Sketch of the medical history of the native army of Bombay, for the year
Year: 1870
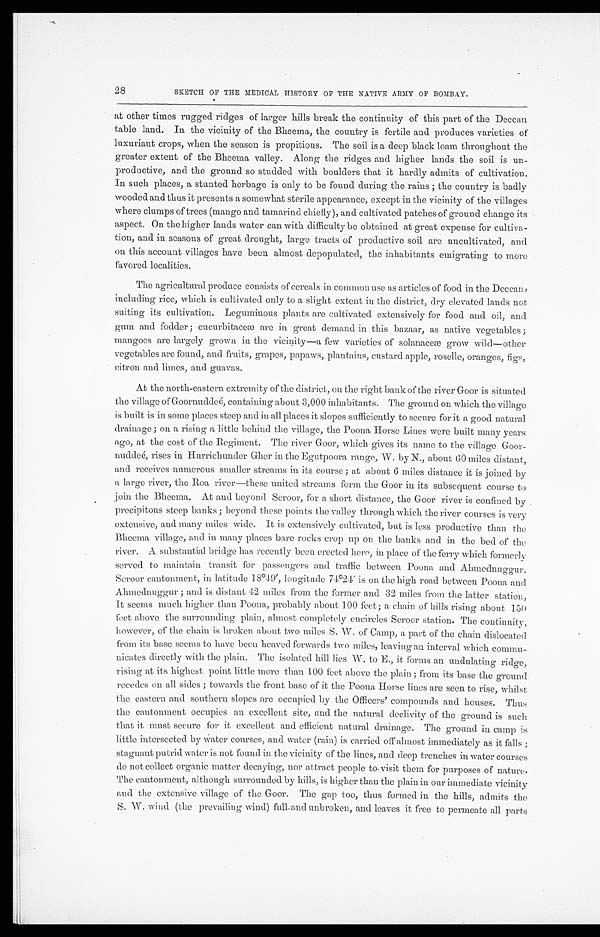
28
SKETCH OF THE MEDICAL HISTORY OF THE NATIVE ARMY OF BOMBAY.
at other times rugged ridges of larger hills break the continuity of this part of the Deccan
table land. In the vicinity of the Bheema, the country is fertile and produces varieties of
luxuriant crops, when the season is propitious. The soil is a deep black loam throughout the
greater extent of the Bheema valley. Along the ridges and higher lands the soil is un-
productive, and the ground so studded with boulders that it hardly admits of cultivation.
In such places, a stunted herbage is only to be found during the rains ; the country is badly
wooded and thus it presents a somewhat sterile appearance, except in the vicinity of the villages
where clumps of trees (mango and tamarind chiefly), and cultivated patches of ground change its
aspect. On the higher lands water can with difficulty be obtained at great expense for cultiva--
tion, and in seasons of great drought, large tracts of productive soil are uncultivated, and
on this account villages have been almost depopulated, the inhabitants emigrating to more
favored localities.
The agricultural produce consists of cereals in common use as articles of food in the Deccan,
including rice, which is cultivated only to a slight extent in the district, dry elevated lands not
suiting its cultivation. Leguminous plants are cultivated extensively for food and oil, and
gum and fodder ; cucurbitaceæ are in great demand in this bazaar, as native vegetables ;
mangoes are largely grown in the vicinity—a few varieties of solanaceæ grow wild—other
vegetables are found, and fruits, grapes, papaws, plantains, custard apple, roselle, oranges, figs,
citron and limes, and guavas.
At the north-eastern extremity of the district, on the right bank of the river Goor is situated
the village of Goornuddeé, containing about 3,000 inhabitants. The ground on which the village
is built is in some places steep and in all places it slopes sufficiently to secure for it a good natural
drainage ; on a rising a little behind the village, the Poona Horse Lines were built many years
ago, at the cost of the Regiment. The river Goor, which gives its name to the village Goor--
nuddeé, rises in Hurrichunder Gher in the Egutpoora range, W. by N., about 60 miles distant,
and receives numerous smaller streams in its course ; at about 6 miles distance it is joined by
a large river, the Roa river—these united streams form the Goor in its subsequent course to
join the Bheema. At and beyond Seroor, for a short distance, the Goor river is confined by
precipitous steep banks ; beyond these points the valley through which the river courses is very
extensive, and many miles wide. It is extensively cultivated, but is less productive than the
B h e e ma v i l l a g e , a n d i n ma n y p l a c e s b a r e r o c k s c r o p u p o n t h e b a n k s a n d i n t h e b e d o f t h e
river. A substantial bridge has recently been erected here, in place of the ferry which formerly
served to maintain transit for passengers and traffic between Poona and Ahmednuggur.
Seroor cantonment, in latitude 18º49', longitude 74º24' is on the high road between Poona and
Ahmednuggur ; and is distant 42 miles from the former and 32 miles from the latter station,
It seems much higher than Poona, probably about 100 feet; a chain of hills rising about 150
feet above the surrounding plain, almost completely encircles Seroor station. The continuity,
however, of the chain is broken about two miles S. W. of Camp, a part of the chain dislocated
from its base seems to have been heaved forwards two miles, leaving an interval which commu-
- n i c a t e s d i r e c t l y w i t h t h e p l a i n . T h e i s o l a t e d h i l l l i e s W . t o E . , i t f o r m s a n u n d u l a t i n g r i d g e ,
rising at its highest point little more than 100 feet above the plain ; from its base the ground
recedes on all sides ; towards the front base of it the Poona Horse lines are seen to rise, whilst
the eastern and southern slopes are occupied by the Officers' compounds and houses. Thus
the cantonment occupies an excellent site, and the natural declivity of the ground is such
that it must secure for it excellent and efficient natural drainage. The ground in camp is
little intersected by water courses, and water (rain) is carried off almost immediately as it falls ;
stagnant putrid water is not found in the vicinity of the lines, and deep trenches in water courses
do not collect organic matter decaying, nor attract people to visit them for purposes of nature.
The cantonment, although surrounded by hills, is higher than the plain in our immediate vicinity
and the extensive village of the Goor. The gap too, thus formed in the hills, admits the
S. W. wind (the prevailing wind) full and unbroken, and leaves it free to permeate all parts